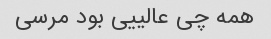
همه چی عالییی بود مرسی